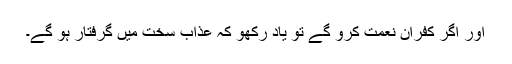
اور اگر کفران نعمت کرو گے تو یاد رکھو کہ عذاب سخت میں گرفتار ہو گے۔